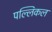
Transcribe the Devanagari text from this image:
पल्लिकल